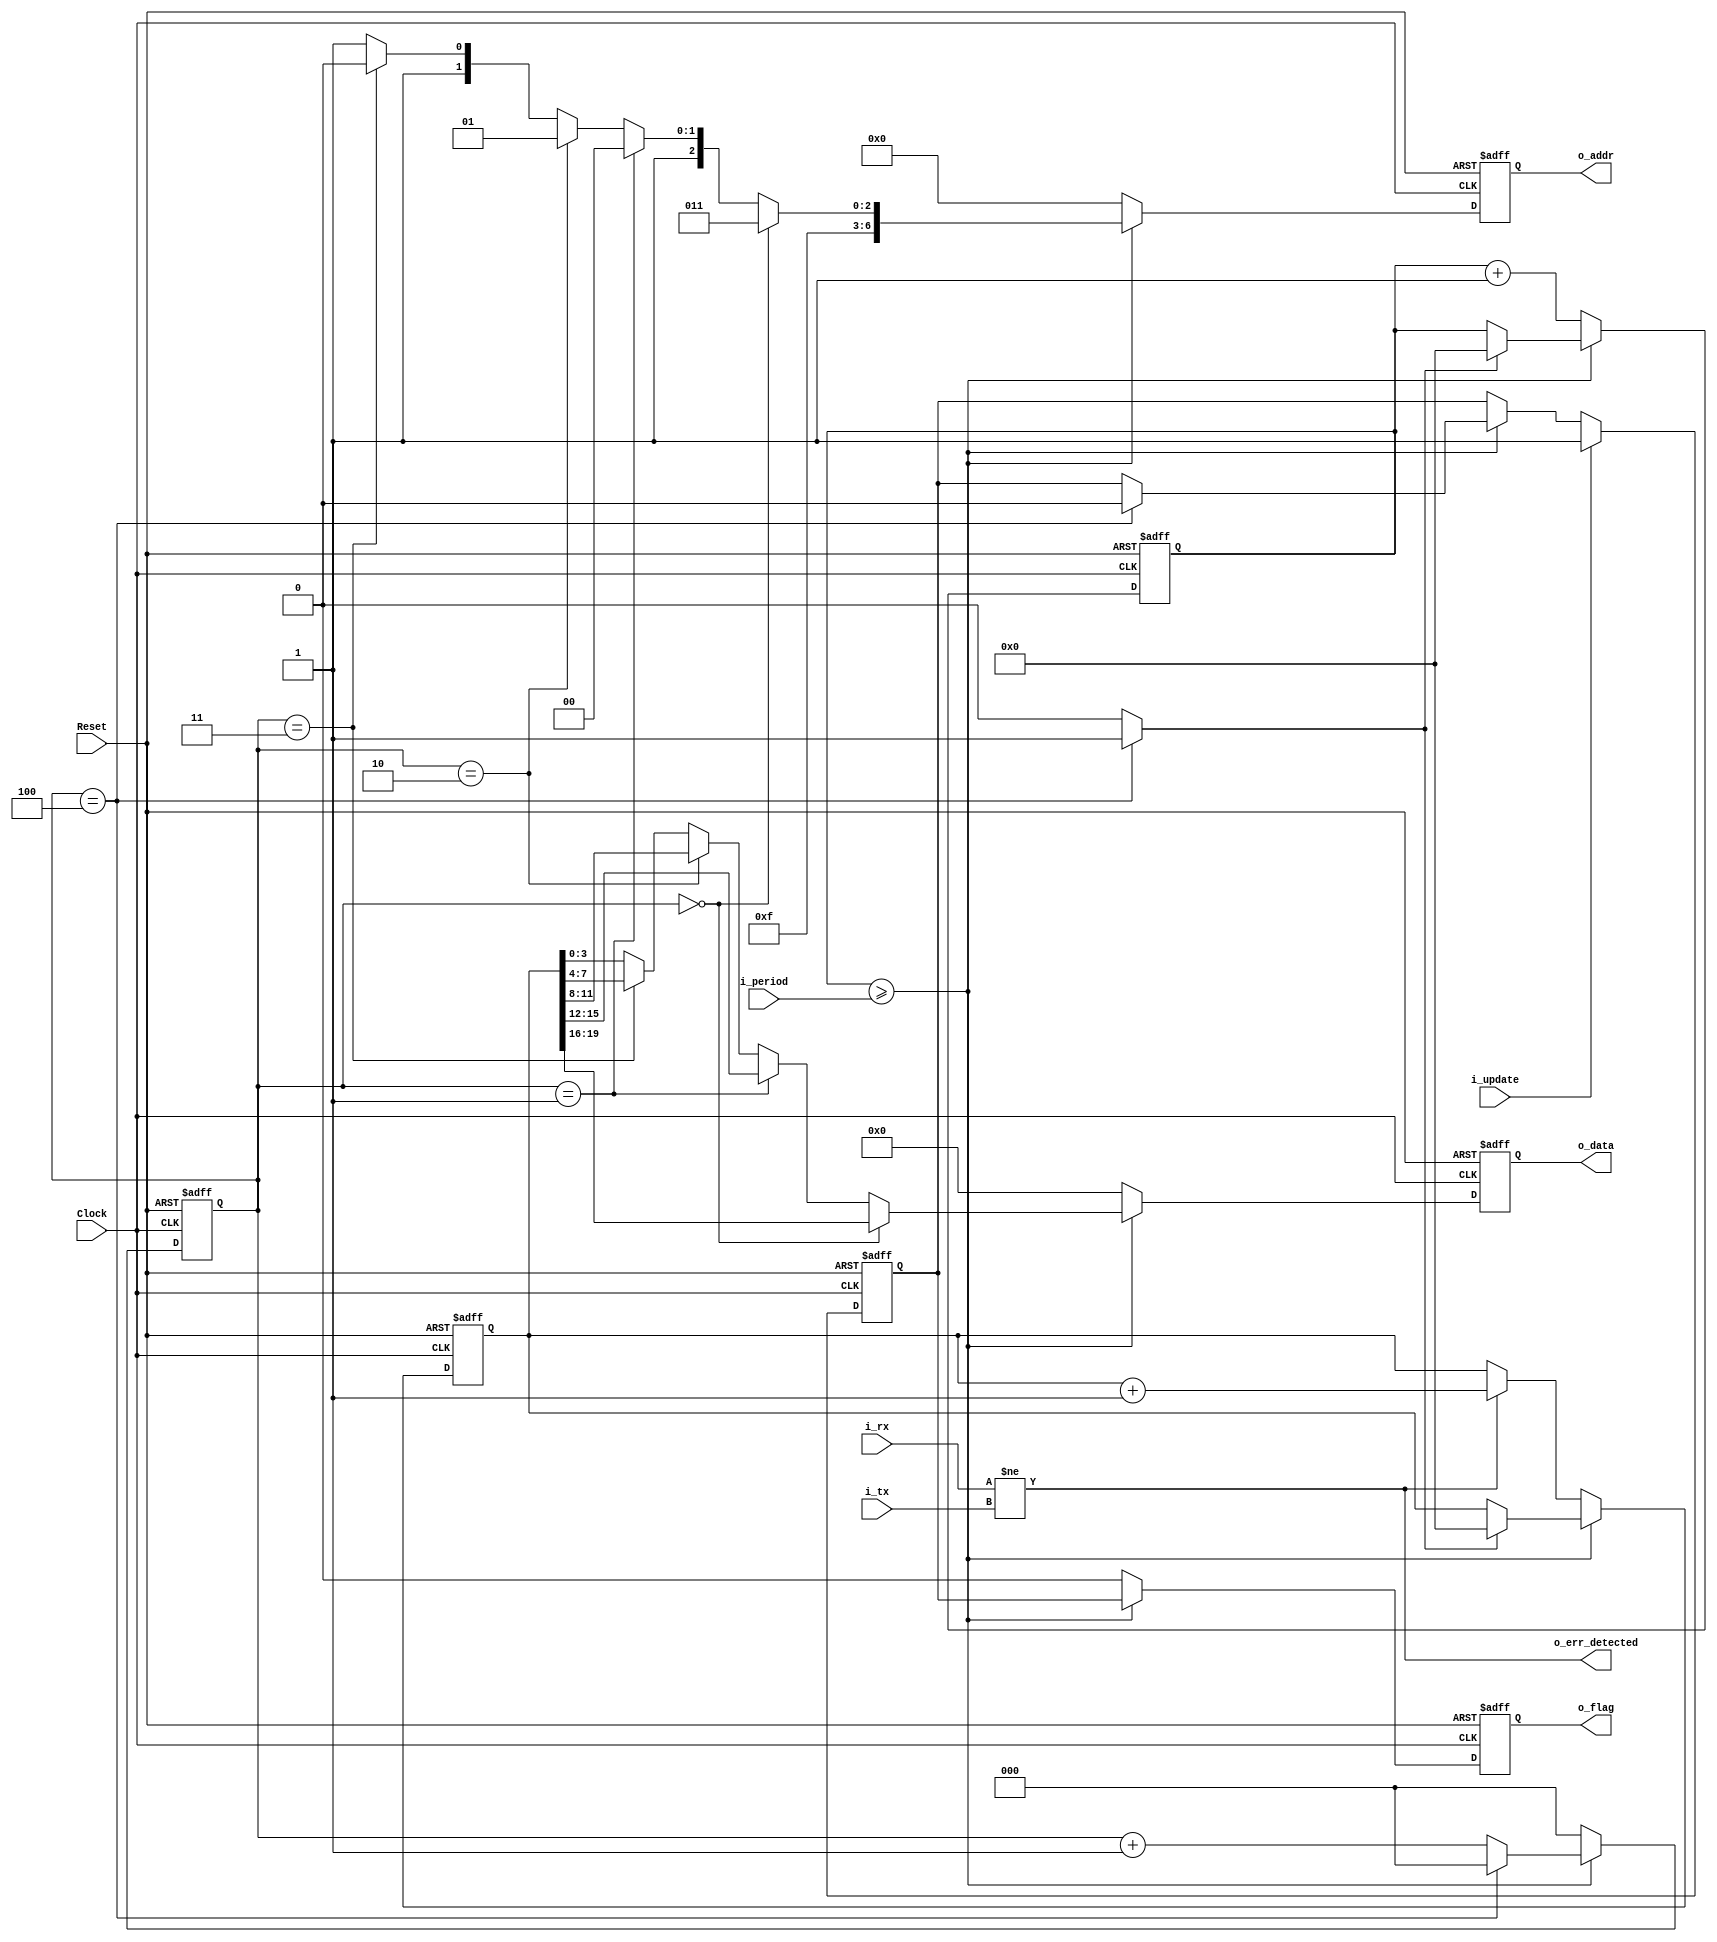
`timescale 1ns/1ps

module tele_err (
	input						Clock,
	input						Reset,

	input						i_update,
	input		[20-1: 0]		i_period,

	input						i_tx,
	input						i_rx,

	output	reg					o_flag,
	output	reg	[ 7-1: 0]		o_addr,
	output	reg	[ 4-1: 0]		o_data,
	output						o_err_detected
);


reg [20-1: 0]	ErrCnt;
reg [20-1: 0]	Period;
reg [ 3-1: 0]	cnt_data_out;
reg				r_update;

assign data_out_done = (cnt_data_out==3'd4) ? 1 : 0;
assign o_err_detected = (i_rx!=i_tx);
always @ (posedge Clock or negedge Reset) begin
	if (~Reset) begin
		ErrCnt <= 0;
		Period <= 0;
	end else if( Period >= i_period ) begin
		//  ErrCnt
		if (data_out_done) begin
			Period <= 0;
			ErrCnt <= 0;
		end
	end else begin
		Period <= Period + 1;
		if(o_err_detected) ErrCnt <= ErrCnt + 1;
	end
end

always @ (posedge Clock or negedge Reset) begin
	if (~Reset) begin
		r_update	<= 1;
	end else if (i_update) begin
		r_update	<= 1;
	end else if( Period >= i_period ) begin
		if (cnt_data_out==3'd4) begin
			r_update	<= 0;
		end
	end
end

always @ (posedge Clock or negedge Reset) begin
	if (~Reset) begin
		cnt_data_out <= 0;
		o_flag	<= 0;
		o_addr	<= 0;
		o_data	<= 0;
	end else if( Period >= i_period ) begin
		if (cnt_data_out==3'd4) begin
			cnt_data_out <= 0;
		end else begin
			cnt_data_out <= cnt_data_out + 1;
		end
		o_flag	<= 1&r_update;
		o_addr	<= (cnt_data_out==3'd0) ? 7'd123 : (cnt_data_out==3'd1) ? 7'd124 : (cnt_data_out==3'd2) ? 7'd125 : (cnt_data_out==3'd3) ? 7'd126 : 7'd127 ;
		o_data	<= (cnt_data_out==3'd0) ? ErrCnt[19:16] : (cnt_data_out==3'd1) ? ErrCnt[15:12] : (cnt_data_out==3'd2) ? ErrCnt[11:8] : (cnt_data_out==3'd3) ? ErrCnt[7:4] : ErrCnt[3:0] ;
	end else begin
		cnt_data_out <= 0;
		o_flag	<= 0;
		o_addr	<= 0;
		o_data	<= 0;
	end
end

endmodule